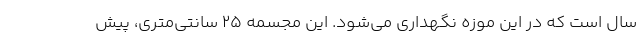
سال است که در این موزه نگهداری می‌شود. این مجسمه ۲۵ سانتی‌متری، پیش